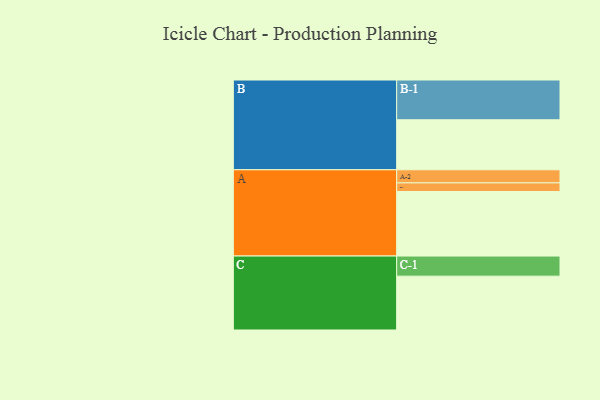
{"axis": {"x": "Segment", "y": "Value"}, "legend": ["", "A", "B", "C"], "data": [{"x": "A", "y": 404, "type": ""}, {"x": "B", "y": 313, "type": ""}, {"x": "C", "y": 337, "type": ""}, {"x": "A-1", "y": 54, "type": "A"}, {"x": "A-2", "y": 82, "type": "A"}, {"x": "B-1", "y": 249, "type": "B"}, {"x": "C-1", "y": 126, "type": "C"}]}